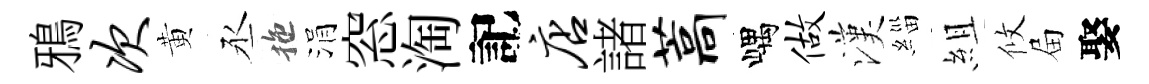
鴉次黄丞拖涓窓淘記店諸藁嵎做漢緇組攸屇娶